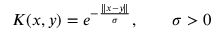
K ( x , y ) = e ^ { - { \frac { \| x - y \| } { \sigma } } } , \qquad \sigma > 0